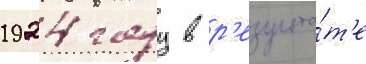
1924 году в р'езульта́т'е